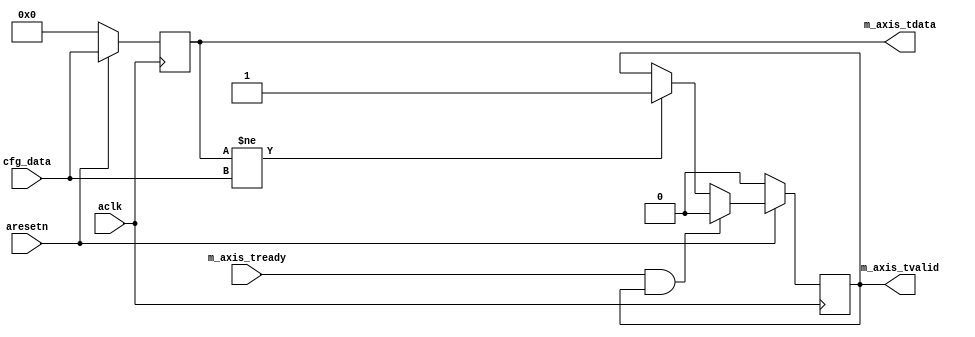
module axis_variable #
(
  parameter integer AXIS_TDATA_WIDTH = 32
)
(
  // System signals
  input  wire                        aclk,
  input  wire                        aresetn,

  input  wire [AXIS_TDATA_WIDTH-1:0] cfg_data,

  // Master side
  input  wire                        m_axis_tready,
  output wire [AXIS_TDATA_WIDTH-1:0] m_axis_tdata,
  output wire                        m_axis_tvalid
);

  reg [AXIS_TDATA_WIDTH-1:0] int_tdata_reg;
  reg int_tvalid_reg, int_tvalid_next;

  always @(posedge aclk)
  begin
    if(~aresetn)
    begin
      int_tdata_reg <= {(AXIS_TDATA_WIDTH){1'b0}};
      int_tvalid_reg <= 1'b0;
    end
    else
    begin
      int_tdata_reg <= cfg_data;
      int_tvalid_reg <= int_tvalid_next;
    end
  end

  always @*
  begin
    int_tvalid_next = int_tvalid_reg;

    if(int_tdata_reg != cfg_data)
    begin
      int_tvalid_next = 1'b1;
    end

    if(m_axis_tready & int_tvalid_reg)
    begin
      int_tvalid_next = 1'b0;
    end
  end

  assign m_axis_tdata = int_tdata_reg;
  assign m_axis_tvalid = int_tvalid_reg;

endmodule